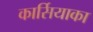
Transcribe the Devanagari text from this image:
कार्सियाका